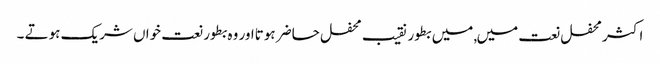
اکثر محفل نعت میں, میں بطور نقیب محفل حاضر ہوتااور وہ بطور نعت خواں شریک ہوتے ۔